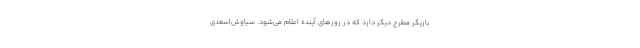
بازیگر مطرح دیگر دارد که در روزهای آینده اعلام می‌شود. سیاوش‌اسعدی